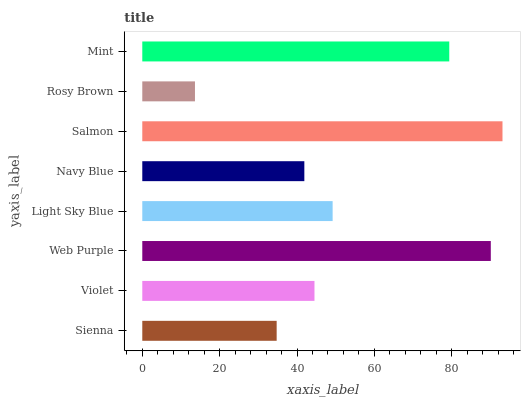
| yaxis_label | bars |
 | --- | --- |
 | Sienna | 34.7 |
 | Violet | 44.5 |
 | Web Purple | 90.1 |
 | Light Sky Blue | 49.2 |
 | Navy Blue | 41.9 |
 | Salmon | 93.1 |
 | Rosy Brown | 13.6 |
 | Mint | 79.4 |